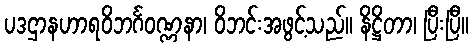
ပဒဌာနဟာရဝိဘင်္ဂဝဏ္ဏနာ၊ ဝိဘင်းအဖွင့်သည်။ နိဋ္ဌိတာ၊ ပြီးပြီ။